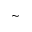
\sim